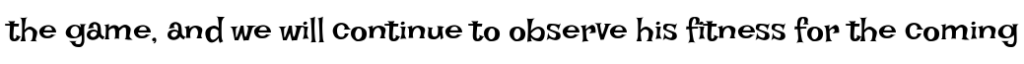
the game, and we will continue to observe his fitness for the coming